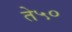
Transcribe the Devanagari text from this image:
ते५०